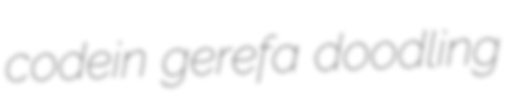
codein gerefa doodling